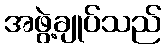
အဖွဲ့ချုပ်သည်